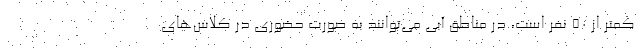
کمتر از ۵۰ نفر است، در مناطق آبی می‌توانند به صورت حضوری در کلاس‌های